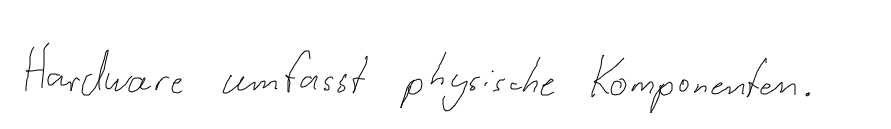
Hardware umfasst physische Komponenten.